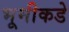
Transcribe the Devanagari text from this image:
भूमीकडे